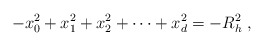
\begin{align*}-x_0^2+x_1^2+x_2^2+ \cdots + x_d^2=-R_h^2 \ ,\end{align*}